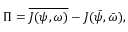
\Pi = \overline { { J ( \psi , \omega ) } } - J ( \bar { \psi } , \bar { \omega } ) ,